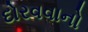
દોરવવાનો